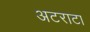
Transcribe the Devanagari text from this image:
अटराटा